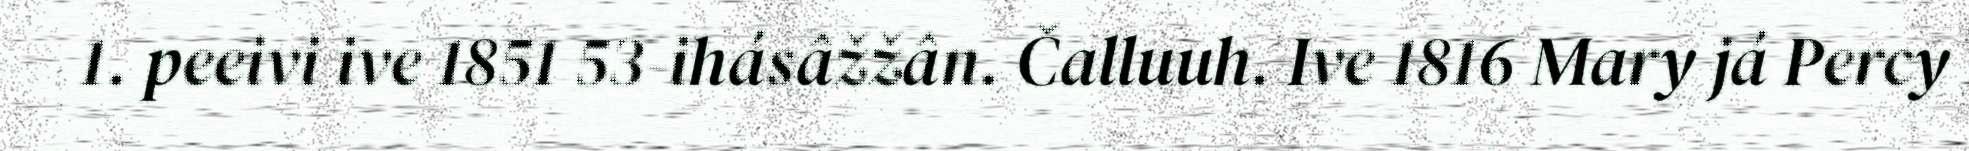
1. peeivi ive 1851 53-ihásâžžân. Čalluuh. Ive 1816 Mary já Percy